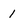
Character: 1